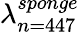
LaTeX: \lambda_{n=447}^{sponge}